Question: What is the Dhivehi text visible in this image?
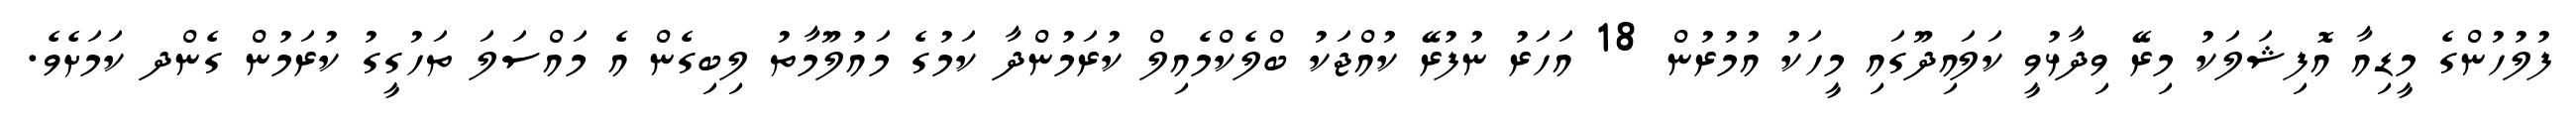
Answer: ފުލުހުންގެ މީޑިއާ އޮފިޝަލަކު މިރޭ ވިދާޅުވީ ކަލައިދޫގައި މީހަކު އުމުރުން 18 އަހަރު ނުފުރޭ ކުއްޖަކު ބްލެކްމެއިލް ކުރަމުންދާ ކަމުގެ މައުލޫމާތު ލިބިގެން އެ މައްސަލަ ތަހުގީގު ކުރަމުން ގެންދ ކަމަށެވެ.